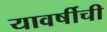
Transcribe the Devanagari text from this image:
यावर्षीची